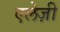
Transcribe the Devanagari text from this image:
एलेज़ी